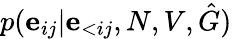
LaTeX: p(\mathbf{e}_{ij}|\mathbf{e}_{<ij},N,V,\hat{G})